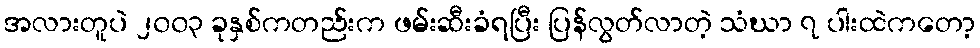
အလားတူပဲ ၂၀၀၃ ခုနှစ်ကတည်းက ဖမ်းဆီးခံရပြီး ပြန်လွတ်လာတဲ့ သံဃာ ၇ ပါးထဲကတော့